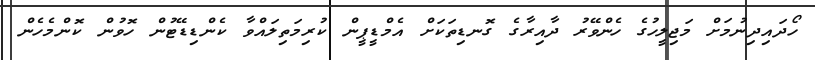
ހޯދައިދިނުމަށް މަޖިލީހުގެ ހެންވޭރު ދާއިރާގެ ގޮނޑިތަކަށް އެމްޑީޕީން ކުރިމަތިލައްވާ ކެންޑިޑޭޓުން ހޮވުން ކޮންމެހެން